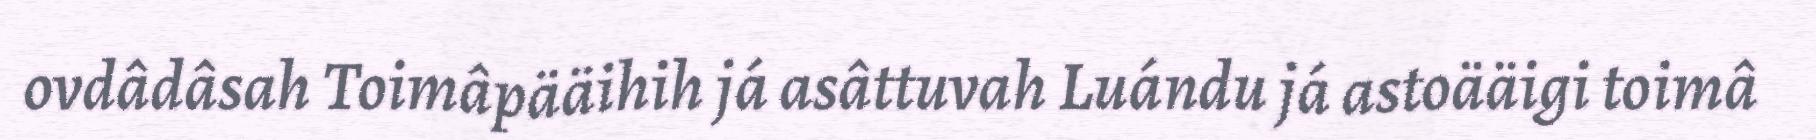
ovdâdâsah Toimâpääihih já asâttuvah Luándu já astoääigi toimâ